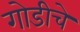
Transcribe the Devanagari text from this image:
गोडीचे